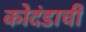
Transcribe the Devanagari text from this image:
कोदंडाची